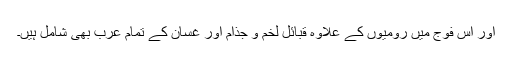
اور اس فوج میں رومیوں کے علاوہ قبائل لخم و جذام اور غسان کے تمام عرب بھی شامل ہیں۔